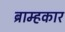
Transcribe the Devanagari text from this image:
ब्राम्हकार